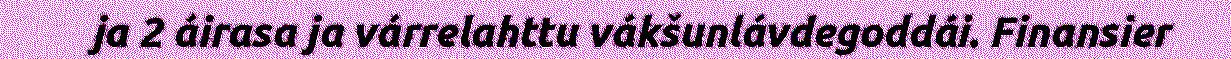
ja 2 áirasa ja várrelahttu vákšunlávdegoddái. Finansier